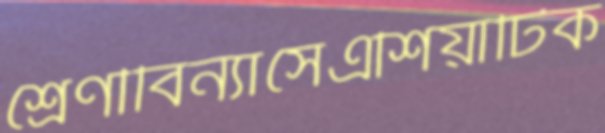
শ্রেণীবিন্যাসেএশিয়াটিক